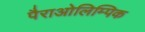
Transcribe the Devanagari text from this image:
पैराओलिम्पिक